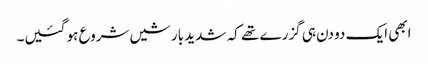
ابھی ایک دو دن ہی گزرے تھے کہ شدید بارشیں شروع ہو گئیں۔